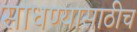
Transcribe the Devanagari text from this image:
साधण्यासाठीच